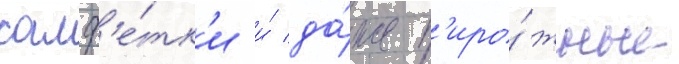
салф'е́тк'и и́ да́же п'иро́жные